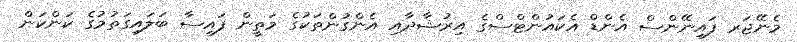
މެނޭޖަރ ފައިނޭންސް އެންޑް އެކައުންޓްސްގެ އިރުޝާދާއި އެންގުންތަކުގެ މަތީން ފައިސާ ބަލައިގަތުމުގެ ކަންކަން